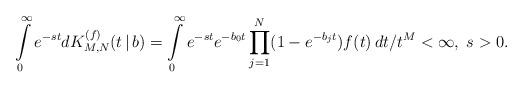
LaTeX: \begin{align*}\int\limits_0^\infty e^{-st} dK^{(f)}_{M,N}(t\,|\,b) =\int\limits_0^\infty e^{-st} e^{-b_0t}\prod\limits_{j=1}^N(1-e^{-b_j t}) f(t)\,dt/t^M<\infty, \;s>0.\end{align*}